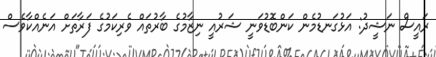
ރައީސް ނަޝީދު: އަޅުގަނޑުމެން ކަންބޮޑުވަނީ ޝަރުއީ ނިޒާމުގެ ބާރުތައް ވެރިކަމުގެ ފަރާތަށް އަނެއްކާވެސް